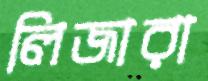
লিজারা